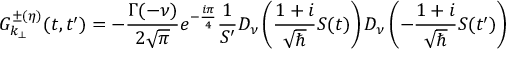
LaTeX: { \cal { G } } _ { k _ { \perp } } ^ { \pm ( \eta ) } ( t , t ^ { \prime } ) = - { \frac { \Gamma ( - \nu ) } { 2 \sqrt { \pi } } } e ^ { - { \frac { i \pi } { 4 } } } { \frac { 1 } { S ^ { \prime } } } D _ { \nu } \left( { \frac { 1 + i } { \sqrt { \hbar } } } S ( t ) \right) D _ { \nu } \left( - { \frac { 1 + i } { \sqrt { \hbar } } } S ( t ^ { \prime } ) \right)